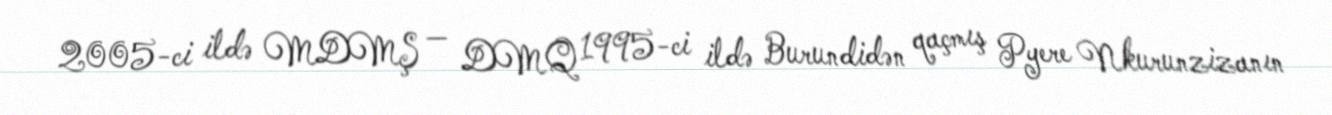
2005-ci ildə MDMŞ — DMQ 1995-ci ildə Burundidən qaçmış Pyere Nkurunzizanın